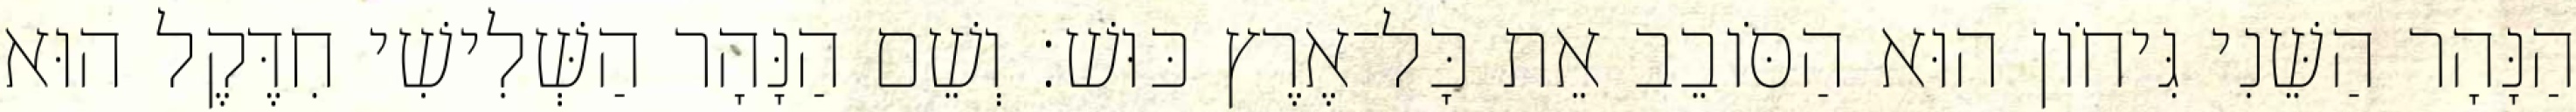
הַנָּהָר הַשֵּׁנִי גִּיחֹון הוּא הַסֹּובֵב אֵת כָּל־אֶרֶץ כּוּשׁ׃ וְשֵׁם הַנָּהָר הַשְּׁלִישִׁי חִדֶּקֶל הוּא